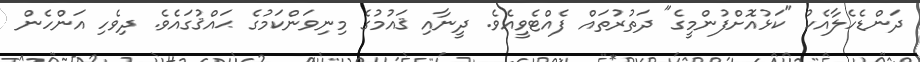
ދަންޑެހެލާއެކު "ކަޅުއޮށްފުންމީގެ" ދަތުރުތައް ފެއްޓެވީއެވެ. ދީނާއި ޤައުމުގެ މިނިވަންކަމުގެ ޙައްޤުގައެވެ. ދިވެހި އަންހެން